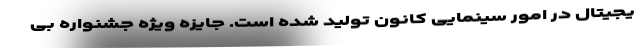
یجیتال در امور سینمایی کانون تولید شده است. جایزه ویژه جشنواره بی